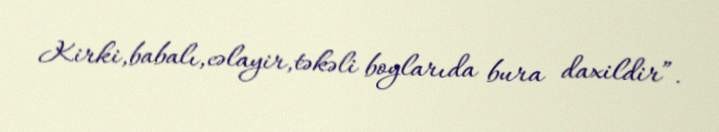
Kirki,babalı,cəlayir,təkəli boylarıda bura daxildir”.